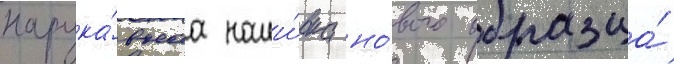
нарука́внаа наши́вка но́вого образца́